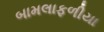
બામલાફળીયા